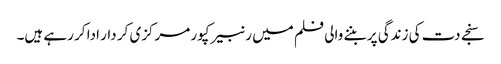
سنجے دت کی زندگی پر بننے والی فلم میں رنبیر کپور مرکزی کر دار ادا کر رہے ہیں۔